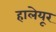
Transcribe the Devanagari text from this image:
हालेयूर